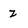
Character: z